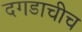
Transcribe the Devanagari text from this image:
दगडाचीच